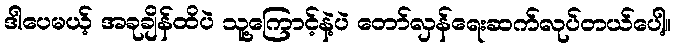
ဒါပေမယ့် အခုချိန်ထိပဲ သူ့ကြောင့်နဲ့ပဲ တော်လှန်ရေးဆက်လုပ်တယ်ပေါ့။